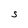
Character: S